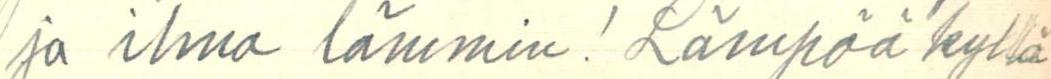
ja ilma lämmin! Lämpöä kyllä